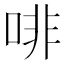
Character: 啡